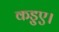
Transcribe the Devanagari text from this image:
कड़ुए।